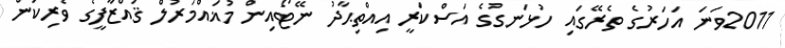
2011ވަނަ އަހަރުގެ ތެރޭގައި ހުޅަނގުގެ އަސްކަރީ އިއްތިޙާދު ނޭޓޯއިން މުޣައްމަރުލް ޤައްޒާފީގެ ވެރިކަން